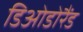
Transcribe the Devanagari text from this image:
डिओडोरैंड